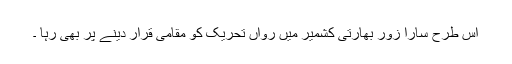
اس طرح سارا زور بھارتی کشمیر میں رواں تحریک کو مقامی قرار دینے پر بھی رہا ۔